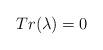
LaTeX: \begin{align*}Tr(\lambda) = 0\end{align*}